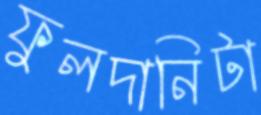
ফুলদানিটা